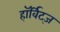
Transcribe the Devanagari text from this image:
हॉर्विट्ज